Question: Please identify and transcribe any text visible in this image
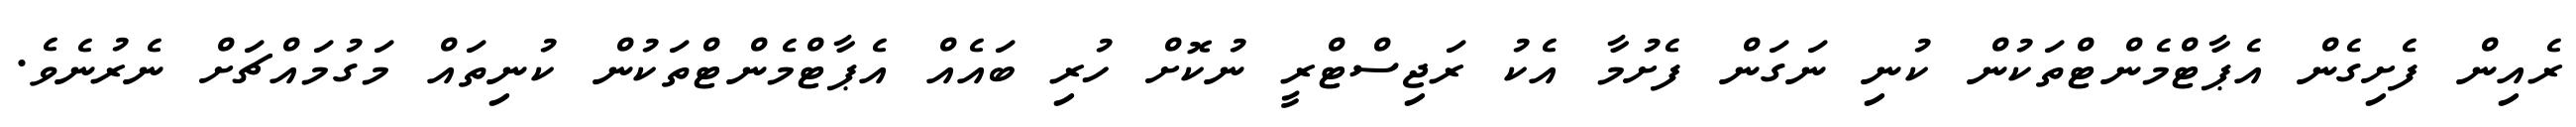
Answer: ރެއިން ފެށިގެން އެޕާޓްމެންޓްތަކުން ކުނި ނަގަން ފެށުމާ އެކު ރަޖިސްޓްރީ ނުކޮށް ހުރި ބައެއް އެޕާޓްމެންޓްތަކުން ކުނިތައް މަގުމައްޗަށް ނެރުނެވެ.